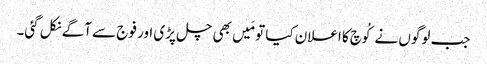
جب لوگوں نے کُوچ کا اعلان کیا تو مَیں بھی چل پڑی اور فوج سے آگے نکل گئی۔